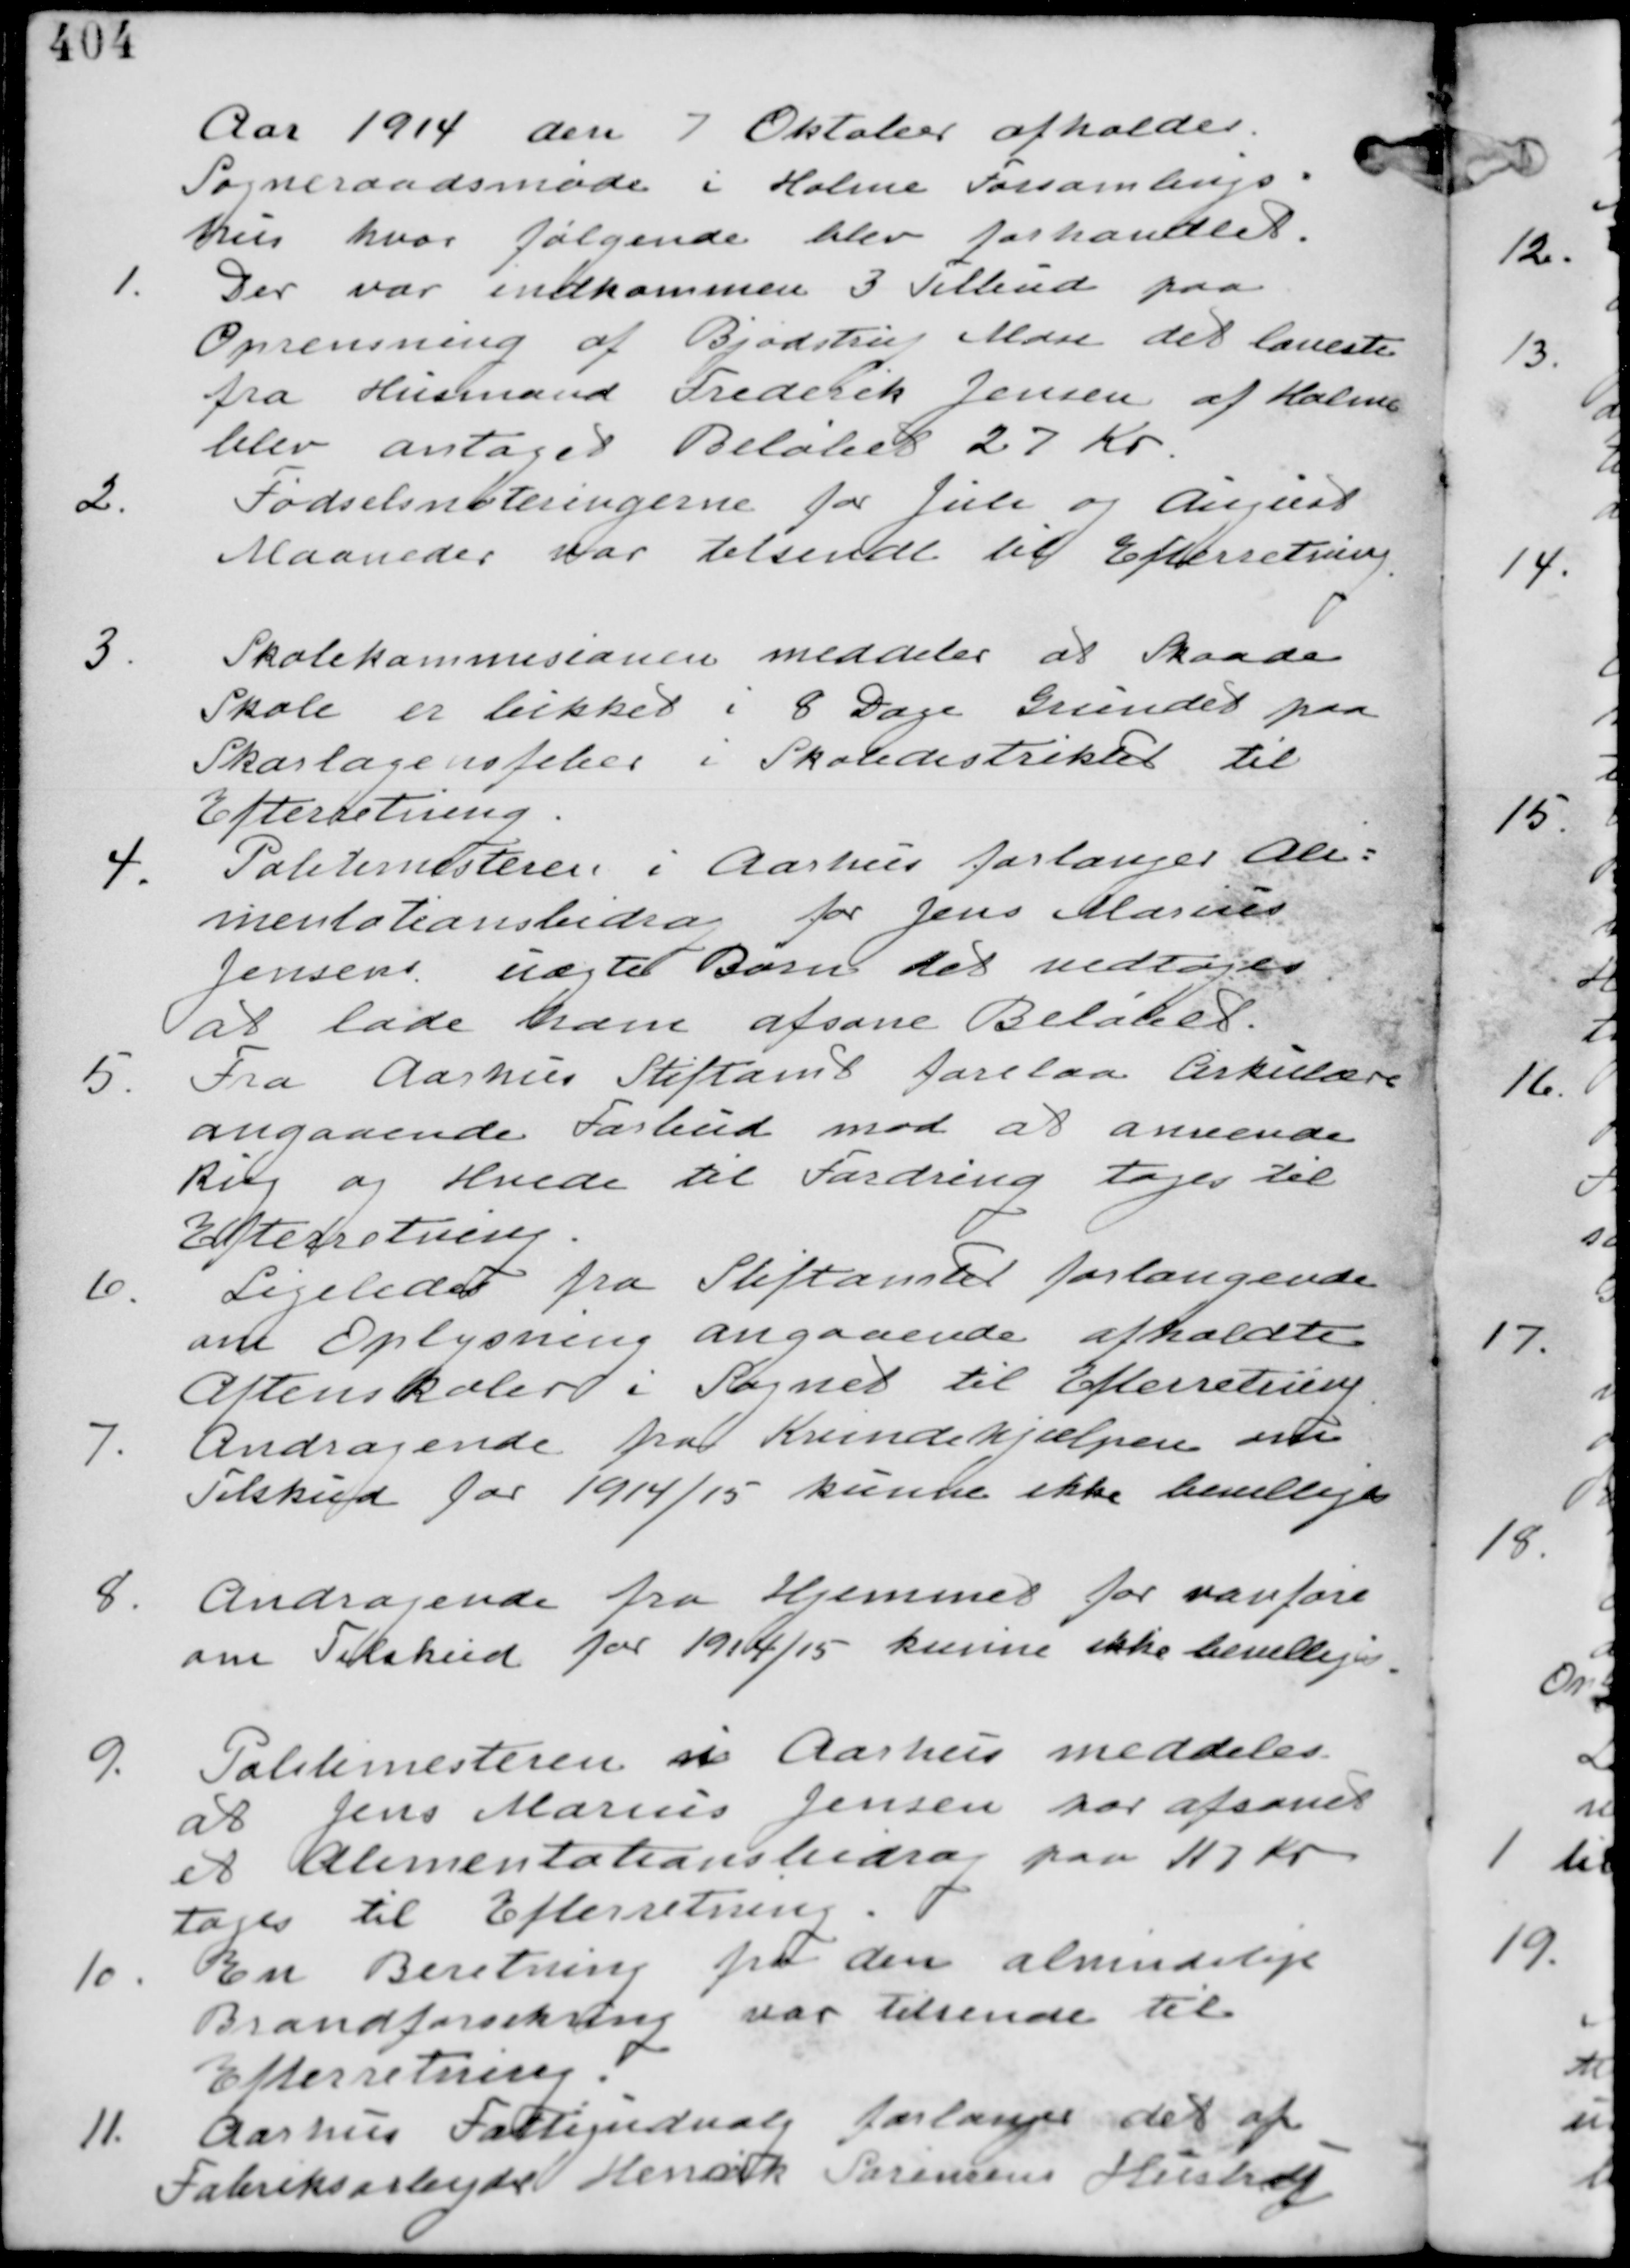
Transskription:
Aar 1914 den 7 Oktober afholdes
Sogneraadsmøde i Holme Forsamlings-
hus hvor følgende blev forhandlet.

1.
Der var indkommen 3 Tilbud paa
Oprensning af Bjødstrup Mose det laveste
fra Husmand Frederik Jensen af Holme
blev antaget Beløbet 27 Kr.

2.
Fødselsnoteringerne fra Juli og August
Maaneder var tilsendt til Efterretning.

3.
Skolekommisionen meddeler at Skaade
Skole er lukket i 8 Dage Grundet paa
Skarlagenfeber i Skoledistriktet til
Efterretning

4. Politimesteren i Aarhus forlanger
Alimentationsbidrag for Jens Marius
Jensens uægte Barn det vedtages
at lade ham afsone Beløbet.

5. Fra Aarhus Stiftamt forelaa Cirkulære
angaaende forbud mod at anvende
Rug og Hvede til Fordring tages til
Efterretning.

6.
Ligeledes fra Stiftamtet forlangende
om Oplysning angaaende afholdte
Aftenskoler i Sognet til Efterretning

7. Andragende fra Kvindehjælpen om
Tilskud for 1914/15 kunne ikke bevilliges

8. Andragende fra Hjemmet for vanføre
om Tilskud for 1914/15 kunne ikke bevilliges

9. Politimesteren i Aarhus meddeler
at Jens Marius Jensen har afsonet
et Alimentationsbidrag paa 117 Kr.
tages til Efterretning.

10.
En Beretning fra den almindelige
Brandforsikring var tilsendt til
Efterretning.

11. Aarhus Fattigudvalg forlanger det af
Fabriksarbejder Henrik Sørensens Hustru